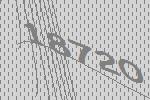
18720